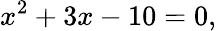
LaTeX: x^{2}+3x-10=0,